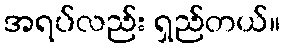
အရပ်လည်း ရှည်တယ်။